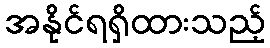
အနိုင်ရရှိထားသည့်